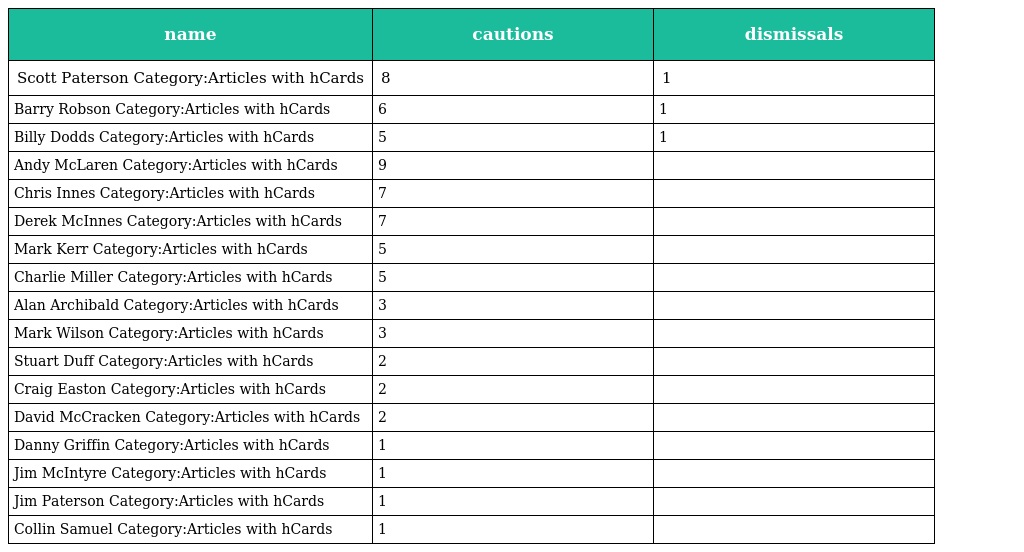
| name | cautions | dismissals |
 | --- | --- | --- |
 | Scott Paterson Category:Articles with hCards | 8 | 1 |
 | Barry Robson Category:Articles with hCards | 6 | 1 |
 | Billy Dodds Category:Articles with hCards | 5 | 1 |
 | Andy McLaren Category:Articles with hCards | 9 |  |
 | Chris Innes Category:Articles with hCards | 7 |  |
 | Derek McInnes Category:Articles with hCards | 7 |  |
 | Mark Kerr Category:Articles with hCards | 5 |  |
 | Charlie Miller Category:Articles with hCards | 5 |  |
 | Alan Archibald Category:Articles with hCards | 3 |  |
 | Mark Wilson Category:Articles with hCards | 3 |  |
 | Stuart Duff Category:Articles with hCards | 2 |  |
 | Craig Easton Category:Articles with hCards | 2 |  |
 | David McCracken Category:Articles with hCards | 2 |  |
 | Danny Griffin Category:Articles with hCards | 1 |  |
 | Jim McIntyre Category:Articles with hCards | 1 |  |
 | Jim Paterson Category:Articles with hCards | 1 |  |
 | Collin Samuel Category:Articles with hCards | 1 |  |